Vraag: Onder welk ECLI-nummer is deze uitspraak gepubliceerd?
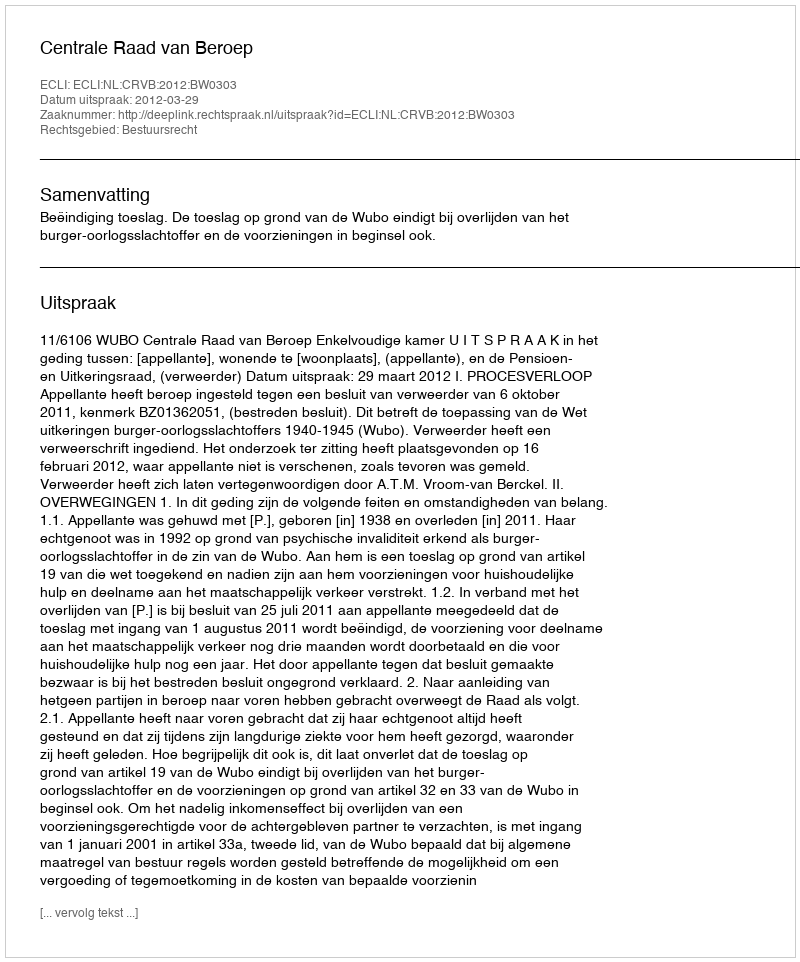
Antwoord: ECLI:NL:CRVB:2012:BW0303